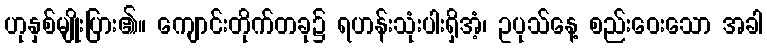
ဟုနှစ်မျိုးပြား၏။ ကျောင်းတိုက်တခု၌ ရဟန်းသုံးပါးရှိအံ့၊ ဥပုသ်နေ့ စည်းဝေးသော အခါ